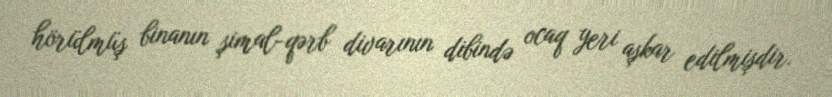
hörülmüş binanın şimal-qərb divarının dibində ocaq yeri aşkar edilmişdir.